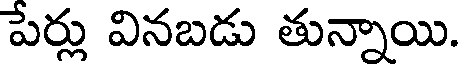
పేర్లు వినబడు తున్నాయి.